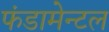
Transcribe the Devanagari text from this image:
फंडामेन्टल